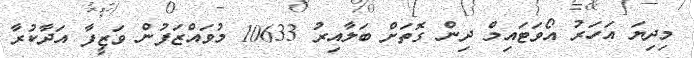
މިދިޔަ އަހަރު އޯވަޓައިމް ދިން ގޮތަށް ބަލާއިރު 10633 މުވައްޒަފުން ވަޒީފާ އަދާކުރާ